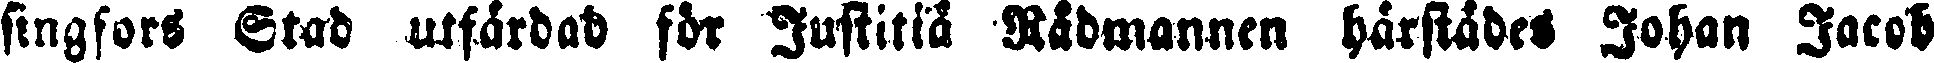
singfors Stad utfärdad för Justitiå Rådmannen härstädes Johan Jacob